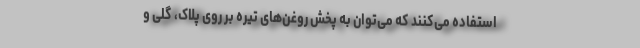
استفاده می‌کنند که می‌توان به پخش روغن‌های تیره بر روی پلاک، گلی و